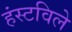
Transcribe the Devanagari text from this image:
हंस्टविले